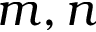
m , n